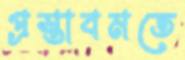
প্রস্তাবমতে